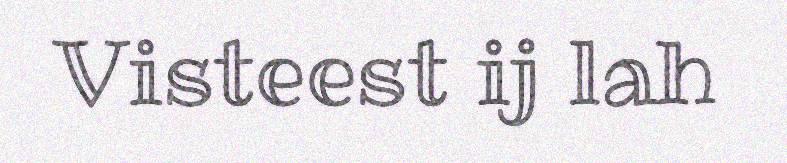
Visteest ij lah